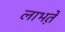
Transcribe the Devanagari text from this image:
लाभते़